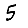
Digit: 5